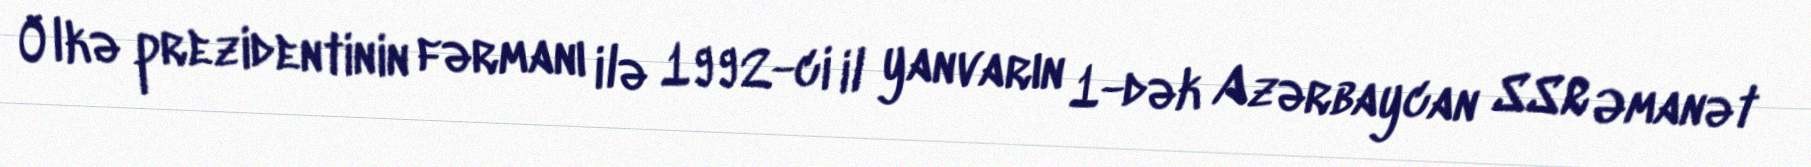
Ölkə prezidentinin fərmanı ilə 1992-ci il yanvarın 1-dək Azərbaycan SSR Əmanət